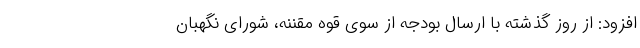
افزود: از روز گذشته با ارسال بودجه از سوی قوه مقننه، شورای نگهبان